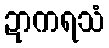
ဍာကရသံ